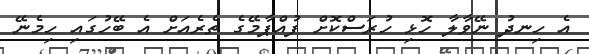
އެ ހިނދު ނޭވާލާ ހޮޅި ހުރަސްކޮށް ފުއްޕާމޭގެ ތެރެއަށް އެ ބޭހުގައި ހިމެނޭ